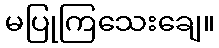
မပြုကြသေးချေ။